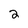
Character: 2